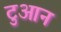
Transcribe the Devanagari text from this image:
टुआन